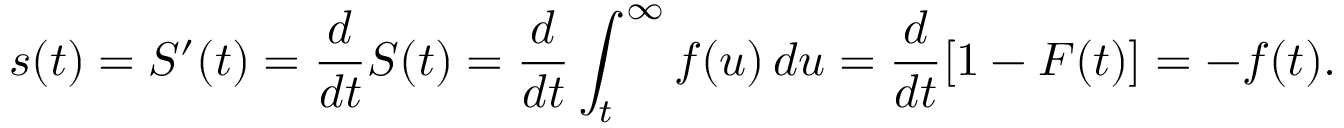
s ( t ) = S ^ { \prime } ( t ) = { \frac { d } { d t } } S ( t ) = { \frac { d } { d t } } \int _ { t } ^ { \infty } f ( u ) \, d u = { \frac { d } { d t } } [ 1 - F ( t ) ] = - f ( t ) .